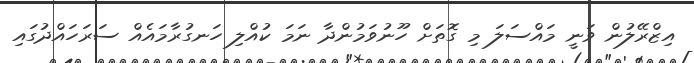
އިޒްރޭލުން ވަނީ މައްސަލަ މި ގޮތަށް ހޫނުވަމުންދާ ނަމަ ކުއްލި ހަނގުރާމައެއް ސަރަހައްދުގައި